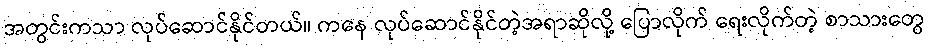
အတွင်းကသာ လုပ်ဆောင်နိုင်တယ်။ ကနေ လုပ်ဆောင်နိုင်တဲ့အရာဆိုလို့ ပြောလိုက် ရေးလိုက်တဲ့ စာသားတွေ